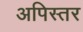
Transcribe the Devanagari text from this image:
अपिस्तर